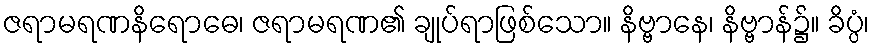
ဇရာမရဏနိရောဓေ၊ ဇရာမရဏ၏ ချုပ်ရာဖြစ်သော။ နိဗ္ဗာနေ၊ နိဗ္ဗာန်၌။ ခိပ္ပံ၊